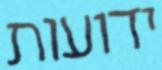
ידועות